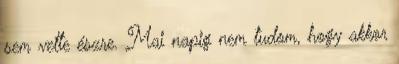
sem vette észre. Mai napig nem tudom, hogy akkor